Annual report of the Punjab Veterinary College and of the Civil Veterinary Department, Punjab - 1920-1925
Year: 1920
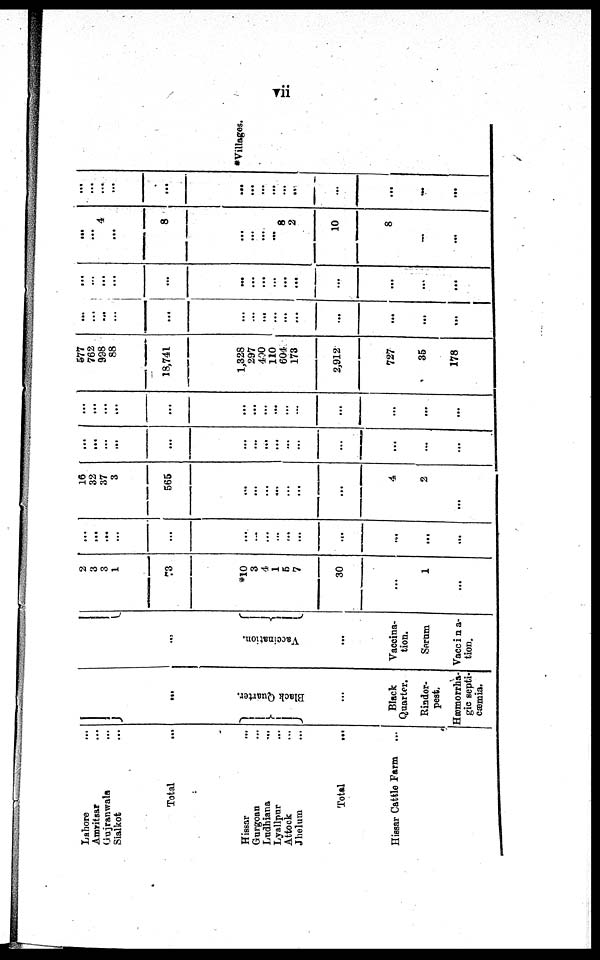
vii
Lahore ...
Amritsar ...
Guj ranwal a ...
Sialkot ...
Total ...
Hissar ...
Gurgoan ...
Ludhiana ...
Lyallpur ...
Attock ...
Jholum ...
Total ...
Hissar Cattle Farm ...
...
Bla c k Quar t
er .
...
Bl ack
Quarter.
Rinder-
pest.
Hæmorrha-
gic septi-
cæmi a.
...
Va c c ina tion.
...
Vaccina-
tion.
Sorum
Vaccina-
tion.
2
3
3
1
73
*10
3
4
1
5
7
30
...
1
...
...
...
...
...
...
...
...
...
...
...
...
...
...
...
16
32
37
3
565
...
...
...
...
...
...
...
4
2
...
...
...
...
...
...
...
...
... ...
...
...
...
...
...
...
...
...
...
...
...
...
...
...
...
...
...
...
...
...
...
677
762
938
88
18, 741
1, 328
297 400
110
604
173
2, 912
727
35
178
...
...
......
...
...
...
...
...
...
...
...
...
...
...
...
...
... ...
...
...
...
...
...
...
...
...
...
...
...
...
...
... 4
...
8
...
...
...
...
8 2
10
8
...
...
...
...
...
...
...
...
..
..
...
...
...
...
...
...
...
*Villages.